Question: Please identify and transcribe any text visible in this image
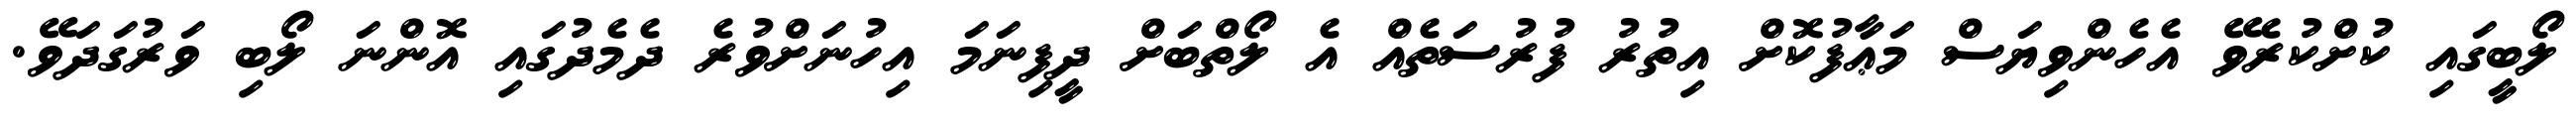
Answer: ލޯބީގައި ކުށްކުރެވޭ އެހެންވިޔަސް މަޢާފުކޮށް އިތުރު ފުރުސަތެއް އެ ލޯތްބަށް ދީފިނަމަ އިހުނަށްވުރެ ދެމެދުގައި އޮންނަ ލޯބި ވަރުގަދަވޭ.